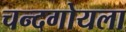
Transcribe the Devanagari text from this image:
चन्दगोयला